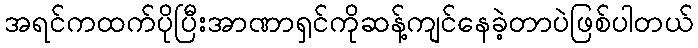
အရင်ကထက်ပိုပြီးအာဏာရှင်ကိုဆန့်ကျင်နေခဲ့တာပဲဖြစ်ပါတယ်